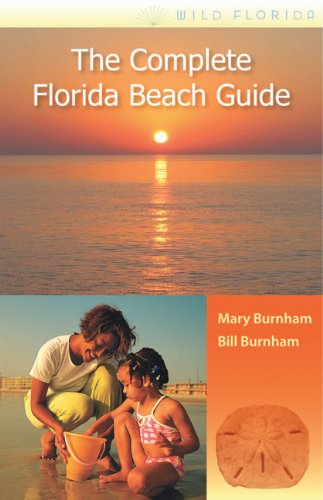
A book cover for The Complete Florida Beach Guide (Wild Florida); MARY BURNHAM; Travel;